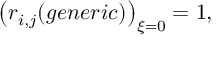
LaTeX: \left( r _ { i , j } ( g e n e r i c ) \right) _ { \xi = 0 } = 1 ,